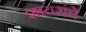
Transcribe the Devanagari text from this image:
शायरांचे